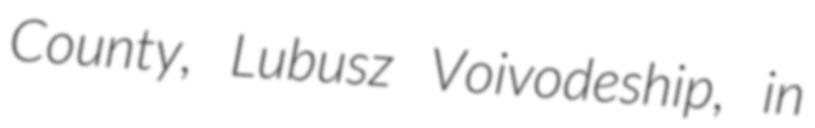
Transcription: County, Lubusz Voivodeship, in